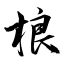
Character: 桹